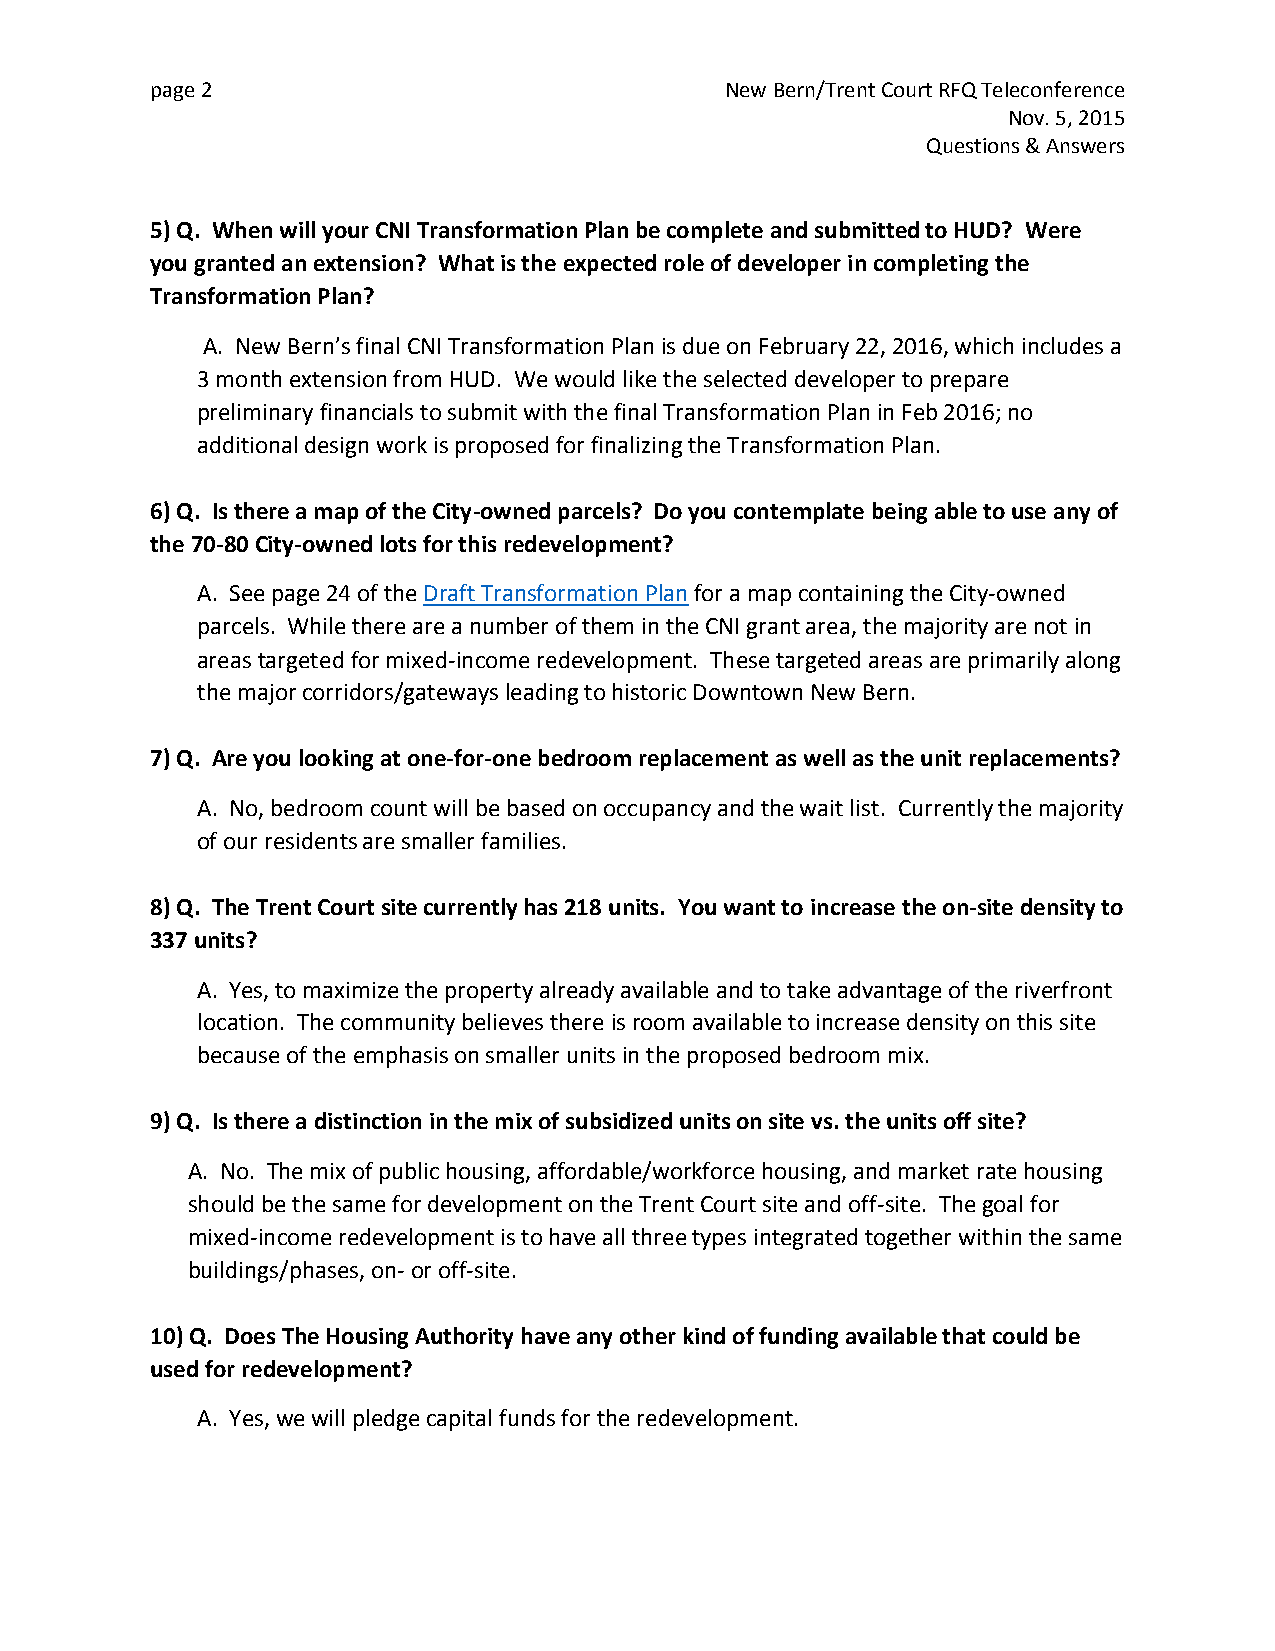
page 2                                New Bern/Trent Court RFQ Teleconference
 Nov. 5, 2015
 Questions & Answers
 5) Q. When will your CNI Transformation Plan be complete and submitted to HUD? Were
 you granted an extension? What is the expected role of developer in completing the
 Transformation Plan?
 A. New Bern’s final CNI Transformation Plan is due on February 22, 2016, which includes a
 3 month extension from HUD. We would like the selected developer to prepare
 preliminary financials to submit with the final Transformation Plan in Feb 2016; no
 additional design work is proposed for finalizing the Transformation Plan.
 6) Q. Is there a map of the City-owned parcels? Do you contemplate being able to use any of
 the 70-80 City-owned lots for this redevelopment?
 A. See page 24 of the Draft Transformation Plan for a map containing the City-owned
 parcels. While there are a number of them in the CNI grant area, the majority are not in
 areas targeted for mixed-income redevelopment. These targeted areas are primarily along
 the major corridors/gateways leading to historic Downtown New Bern.
 7) Q. Are you looking at one-for-one bedroom replacement as well as the unit replacements?
 A. No, bedroom count will be based on occupancy and the wait list. Currently the majority
 of our residents are smaller families.
 8) Q. The Trent Court site currently has 218 units. You want to increase the on-site density to
 337 units?
 A. Yes, to maximize the property already available and to take advantage of the riverfront
 location. The community believes there is room available to increase density on this site
 because of the emphasis on smaller units in the proposed bedroom mix.
 9) Q. Is there a distinction in the mix of subsidized units on site vs. the units off site?
 A. No. The mix of public housing, affordable/workforce housing, and market rate housing
 should be the same for development on the Trent Court site and off-site. The goal for
 mixed-income redevelopment is to have all three types integrated together within the same
 buildings/phases, on- or off-site.
 10) Q. Does The Housing Authority have any other kind of funding available that could be
 used for redevelopment?
 A. Yes, we will pledge capital funds for the redevelopment.